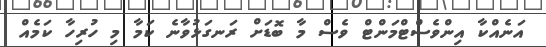
އަނެއްކާ އިންވެސްޓްމަންޓް ވެސް މާ ބޮޑަށް ރަނގަޅުވާނެ ކަމާ މި ހުރިހާ ކަމެއް